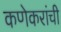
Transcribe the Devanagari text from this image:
कणेकरांची